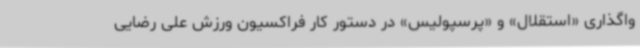
واگذاری «استقلال» و «پرسپولیس» در دستور کار فراکسیون ورزش علی رضایی